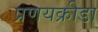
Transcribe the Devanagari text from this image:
प्रणयक्रीडा